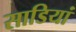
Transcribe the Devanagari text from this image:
साडियां